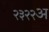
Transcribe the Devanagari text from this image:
२३२२अ